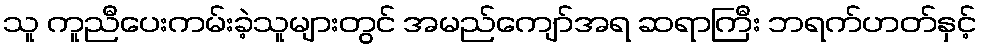
သူ ကူညီပေးကမ်းခဲ့သူများတွင် အမည်ကျော်အရ ဆရာကြီး ဘရက်ဟတ်နှင့်